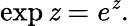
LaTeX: \exp\mathit{z}=e^{\mathit{z}}.